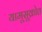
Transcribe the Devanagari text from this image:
यामूसूक्रोत